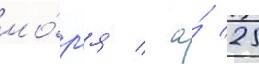
мо́р'я / а́ 25